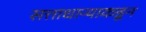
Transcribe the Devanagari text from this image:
सत्ताधाऱ्याकडून